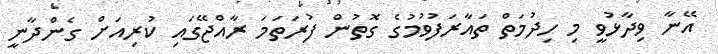
އޭނާ ވިދާޅުވީ މި ހިދުމަތް ތައާރަފުވުމުގެ ގޮތުން ފުރަތަމަ ރާއްޖޭގައި ކުރިއަށް ގެންދާނީ